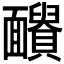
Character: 𩉓